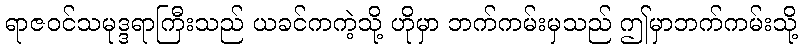
ရာဇဝင်သမုဒ္ဒရာကြီးသည် ယခင်ကကဲ့သို့ ဟိုမှာ ဘက်ကမ်းမှသည် ဤမှာဘက်ကမ်းသို့